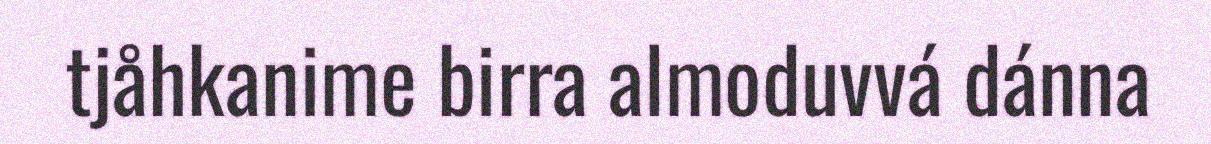
tjåhkanime birra almoduvvá dánna